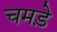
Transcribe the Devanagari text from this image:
चमडे़